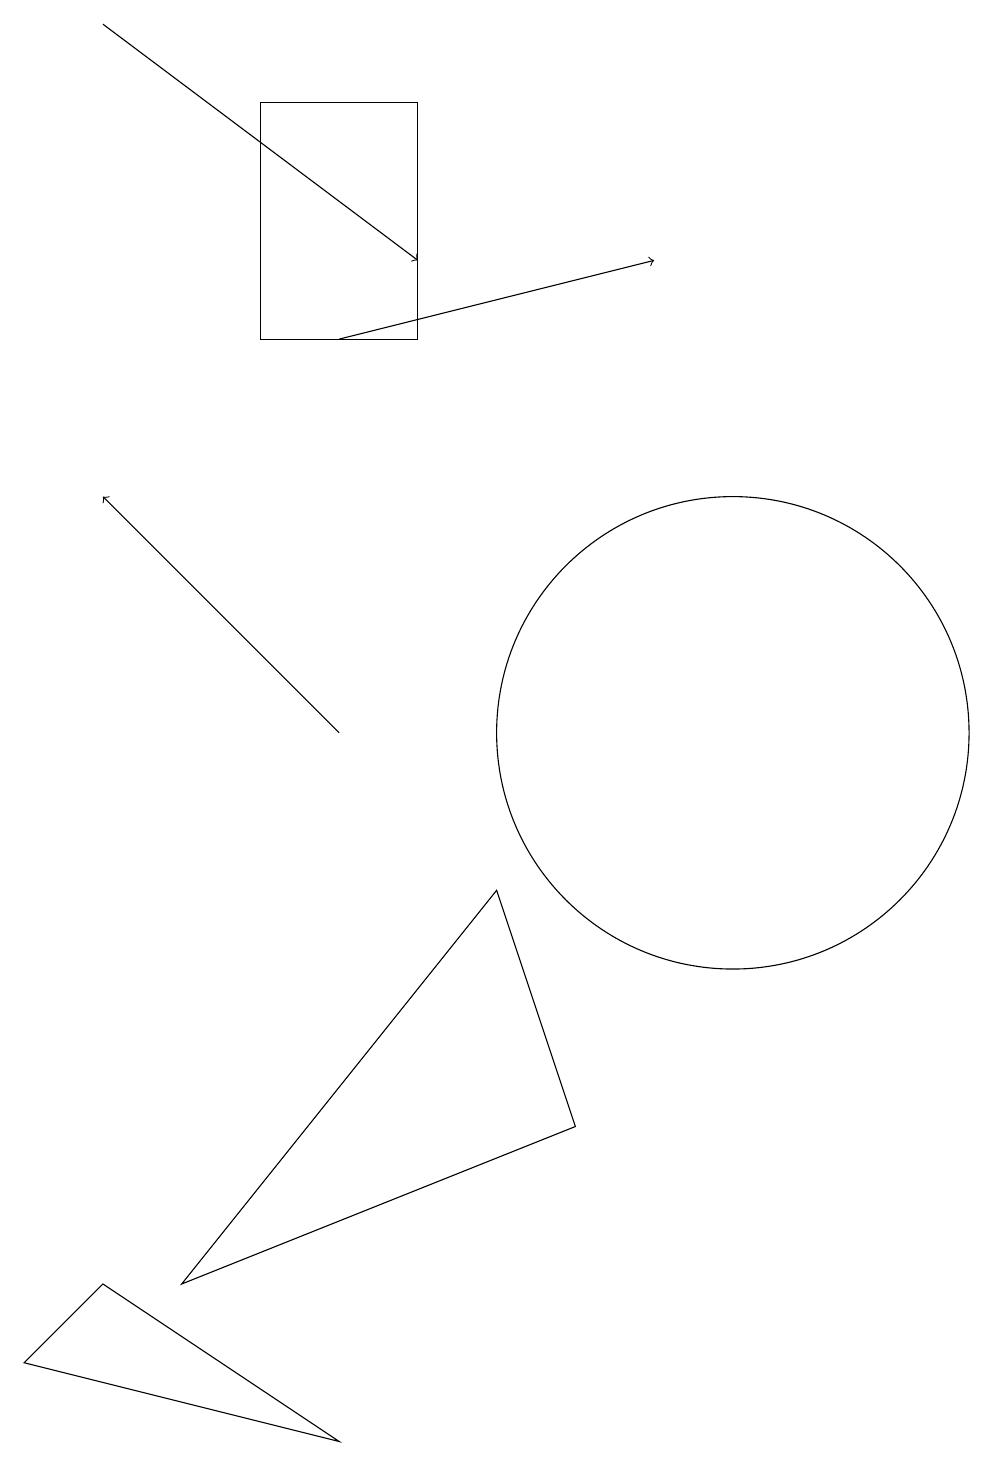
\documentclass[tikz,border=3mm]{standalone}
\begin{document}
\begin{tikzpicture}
\draw[->] (2,19) -- (6,16);
\draw[->] (5,15) -- (9,16);
\draw (3,3) -- (7,8) -- (8,5) -- cycle;
\draw (2,3) -- (1,2) -- (5,1) -- cycle;
\draw (4,18) rectangle (6,15);
\draw (10,10) circle (3);
\draw[->] (5,10) -- (2,13);
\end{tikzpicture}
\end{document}